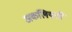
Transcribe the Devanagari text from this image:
अकलियती